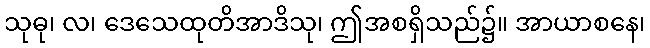
သုဓု၊ လ၊ ဒေသေထုတိအာဒိသု၊ ဤအစရှိသည်၌။ အာယာစနေ၊